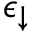
\epsilon _ { \downarrow }